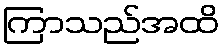
ကြာသည်အထိ